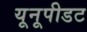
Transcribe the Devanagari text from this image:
यूनूपीडट